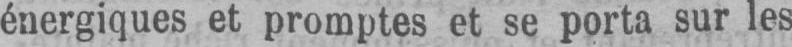
énergiques et promptes et se porta sur les